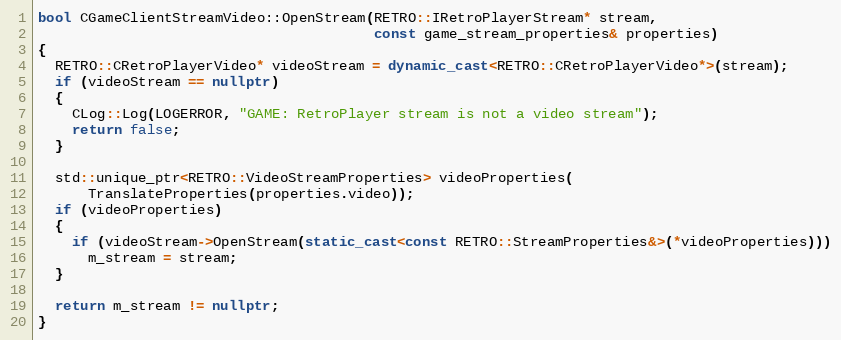
Language: C++
bool CGameClientStreamVideo::OpenStream(RETRO::IRetroPlayerStream* stream,
                                        const game_stream_properties& properties)
{
  RETRO::CRetroPlayerVideo* videoStream = dynamic_cast<RETRO::CRetroPlayerVideo*>(stream);
  if (videoStream == nullptr)
  {
    CLog::Log(LOGERROR, "GAME: RetroPlayer stream is not a video stream");
    return false;
  }

  std::unique_ptr<RETRO::VideoStreamProperties> videoProperties(
      TranslateProperties(properties.video));
  if (videoProperties)
  {
    if (videoStream->OpenStream(static_cast<const RETRO::StreamProperties&>(*videoProperties)))
      m_stream = stream;
  }

  return m_stream != nullptr;
}